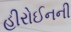
હીરોઈનની